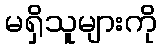
မရှိသူများကို